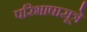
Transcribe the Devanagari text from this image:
परिभाषासूत्रे